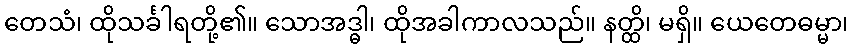
တေသံ၊ ထိုသင်္ခါရတို့၏။ သောအဒ္ဓါ၊ ထိုအခါကာလသည်။ နတ္ထိ၊ မရှိ။ ယေတေဓမ္မာ၊